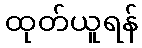
ထုတ်ယူရန်